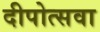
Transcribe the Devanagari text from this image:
दीपोत्सवा